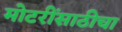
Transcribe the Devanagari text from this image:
मोटरींसाठीचा